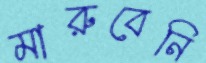
মারুবেনি